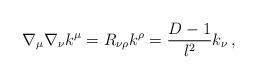
LaTeX: \begin{align*}\nabla_{\mu}\nabla_{\nu}k^{\mu} = R_{\nu\rho}k^{\rho} =\frac{D-1}{l^2}k_{\nu}\,, \end{align*}